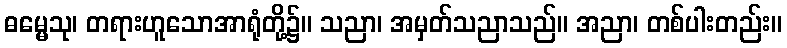
ဓမ္မေသု၊ တရားဟူသောအာရုံတို့၌။ သညာ၊ အမှတ်သညာသည်။ အညာ၊ တစ်ပါးတည်း။